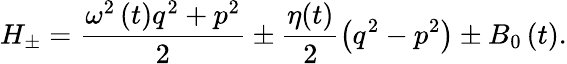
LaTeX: H_{\pm}=\frac{\omega^{2}\left(t\right)q^{2}+p^{2}}{2}\pm\frac{\eta(t)}{2}\left(q^{2}-p^{2}\right)\pm B_{0}\left(t\right).